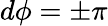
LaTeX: d\phi=\pm\pi